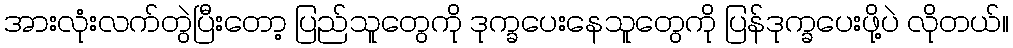
အားလုံးလက်တွဲပြီးတော့ ပြည်သူတွေကို ဒုက္ခပေးနေသူတွေကို ပြန်ဒုက္ခပေးဖို့ပဲ လိုတယ်။